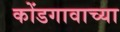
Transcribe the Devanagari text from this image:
कोंडगावाच्या